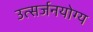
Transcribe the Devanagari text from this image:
उत्सर्जनयोग्य